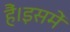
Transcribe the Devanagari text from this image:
हैं।इसमें